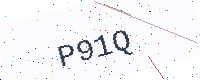
Text: P91Q